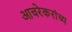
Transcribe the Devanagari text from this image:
आचरेकरांच्य